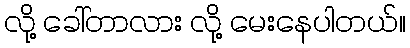
လို့ ခေါ်တာလား လို့ မေးနေပါတယ်။